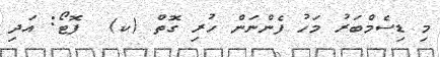
މި ޑިސެމްބަރު މަހު ފެންނަން ހުރި ގޮތް (ކ)  ފޮޓޯ: އަދި